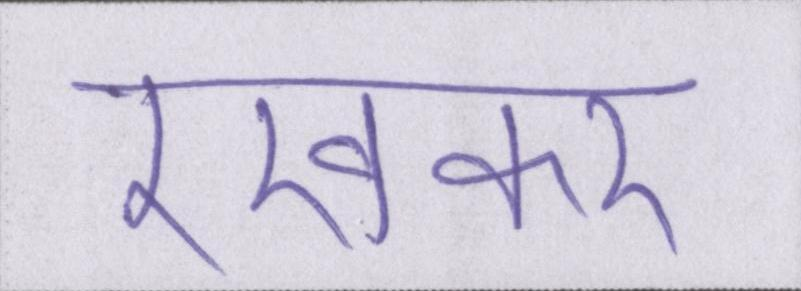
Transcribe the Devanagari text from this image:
रखकर